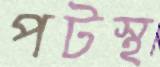
পটস্থ